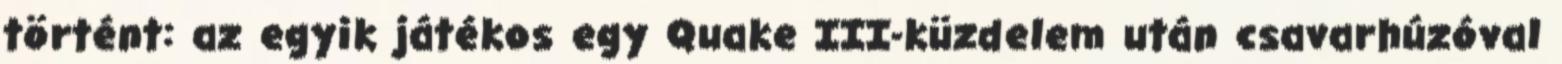
történt: az egyik játékos egy Quake III-küzdelem után csavarhúzóval